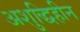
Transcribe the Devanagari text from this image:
अशुद्धिहीन